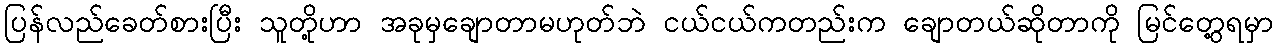
ပြန်လည်ခေတ်စားပြီး သူတို့ဟာ အခုမှချောတာမဟုတ်ဘဲ ငယ်ငယ်ကတည်းက ချောတယ်ဆိုတာကို မြင်တွေ့ရမှာ